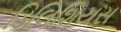
ડિલિશિયસ